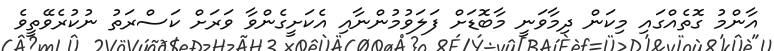
އާންމު ގޮތެއްގައި މިކަން ދިމާވަނީ މާބޮޑަށް ފަލަވުމުންނާއި އެކަށީގެންވާ ވަރަށް ކަސްރަތު ނުކުރެވޭތީވެ